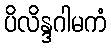
ပိလိန္ဒဂါမကံ